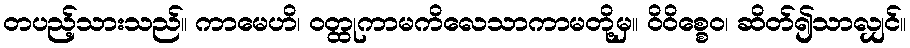
တပည့်သားသည်။ ကာမေဟိ၊ ဝတ္ထုကာမကိလေသာကာမတို့မှ။ ဝိဝိစ္စေဝ၊ ဆိတ်၍သာလျှင်။